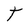
Character: T